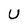
Character: U